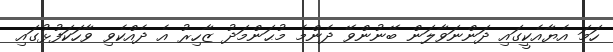
ހަމަ އެޔާއެކީގައި ދަންނަވާލަން ބޭނުންވޭ ދެންމެ މުޙަންމަދު ޒާހިރު އެ ދެއްކެވި ވާހަކަފުޅުގައި